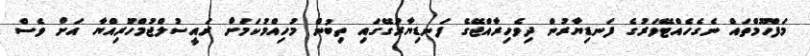
މަފްހޫމްތައް ނެގެހެއްޓޭވަރުގެ ފަނޑިޔާރުން ދިވެހިރާއްޖޭގެ ފަނޑިޔާރުގޭގައި ތިބުން މުހިއްމުކަމަށް ރައީސުލްޖުމްހޫރިއްޔާ އަށް ވެސް